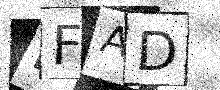
Text: HFAD